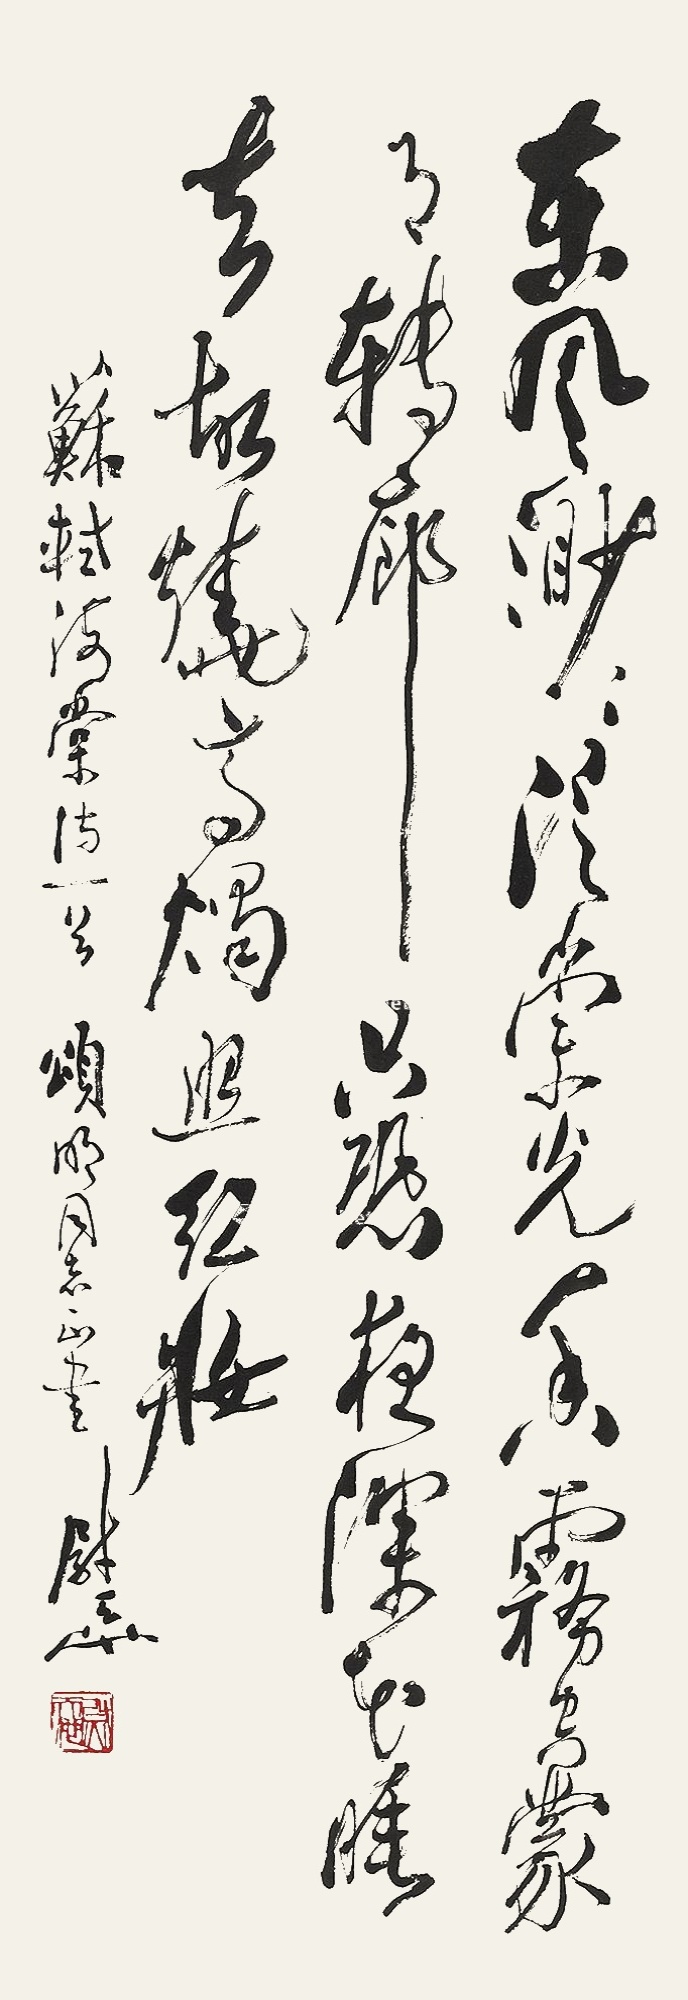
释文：东风渺渺泛崇光，香雾空蒙月转廊。只恐夜深花睡去，故烧高烛照红妆。苏轼海棠诗一首，颂明同志正书，尉天池。